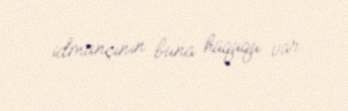
idmançının buna hüququ var.